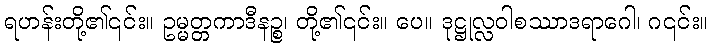
ရဟန်းတို့၏၎င်း။ ဥမ္မတ္တကာဒီနဉ္စ၊ တို့၏၎င်း။ ပေ။ ဒုဋ္ဌုလ္လဝါစဿာဒရာဂေါ၊ ဂ၎င်း။